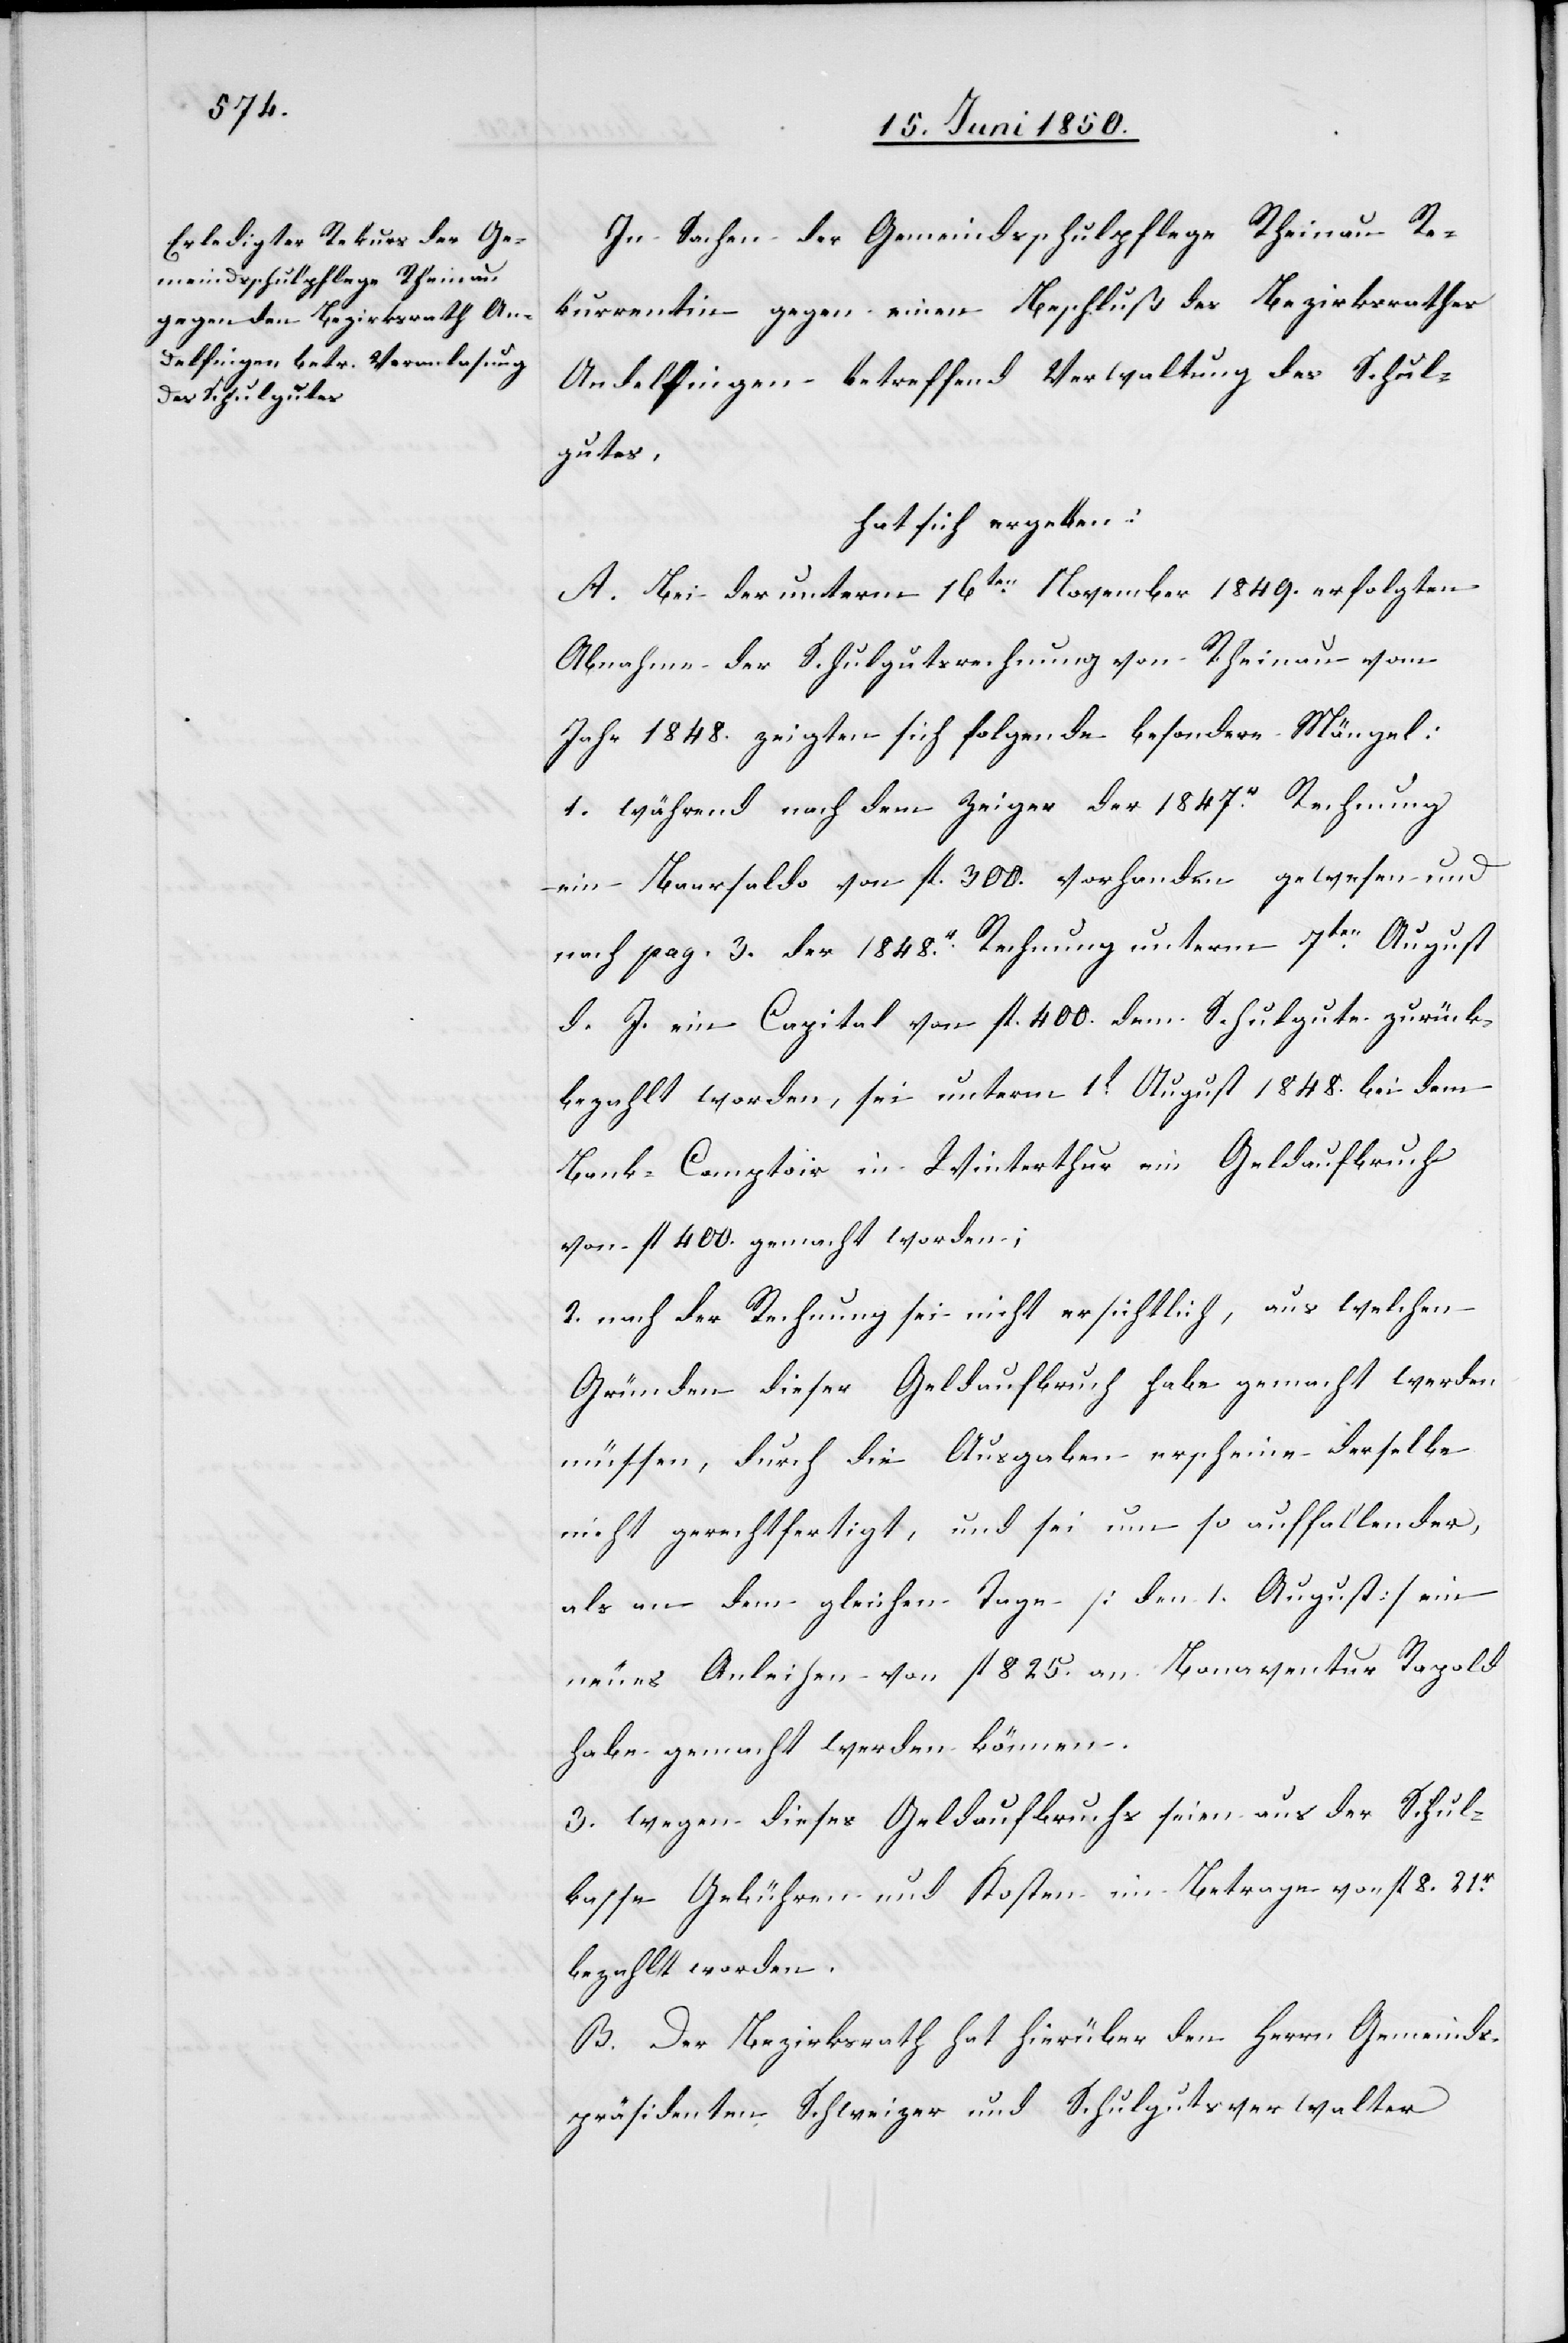
In Sachen der Gemeindsschulpflege Rheinau Re¬
kurrentin gegen einen Beschluß des Bezirksrathes
Andelfingen betreffend Verwaltung des Schul¬
gutes,
hat sich ergeben:
A. Bei der unterm 16ten November 1849. erfolgten
Abnahme der Schulgutsrechnung von Rheinau vom
Jahr 1848. zeigten sich folgende besondere Mängel:
1. während nach dem Zeiger der 1847r Rechnung
ein Baarsaldo von fl. 300. vorhanden gewesen und
nach pag. 3. der 1848r Rechnung unterm 7ten August
d. J. ein Capital von fl. 400. dem Schulgute zurück¬
bezahlt worden, sei unterm 1t August 1848. bei dem
Bank-Comptoir in Winterthur ein Geldaufbruch
von fl 400. gemacht worden;
2. nach der Rechnung sei nicht ersichtlich, aus welchen
Gründen dieser Geldaufbruch habe gemacht werden
müssen, durch die Ausgaben erscheine derselbe
nicht gerechtfertigt, und sei um so auffallender,
als an dem gleichen Tage [den 1. August] ein
neues Anleihen von fl 825. an Bonaventur Rapold
habe gemacht werden können.
3. wegen dieses Geldaufbruchs seien aus der Schul¬
kasse Gebühren und Kosten im Betrage von fl 8
bezahlt worden.
B. Der Bezirksrath hat hierüber den Herrn Gemeinds¬
präsidenten Schweizer und Schulgutsverwalter